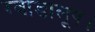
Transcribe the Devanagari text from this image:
ग्वाडालूप।